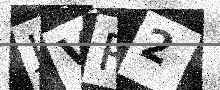
Text: JVR2